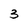
Character: 3